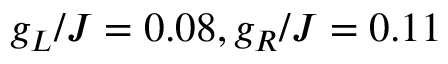
g _ { L } / J = 0 . 0 8 , g _ { R } / J = 0 . 1 1